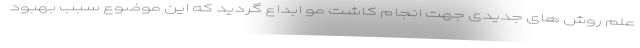
علم روش های جدیدی جهت انجام کاشت مو ابداع گردید که این موضوع سبب بهبود